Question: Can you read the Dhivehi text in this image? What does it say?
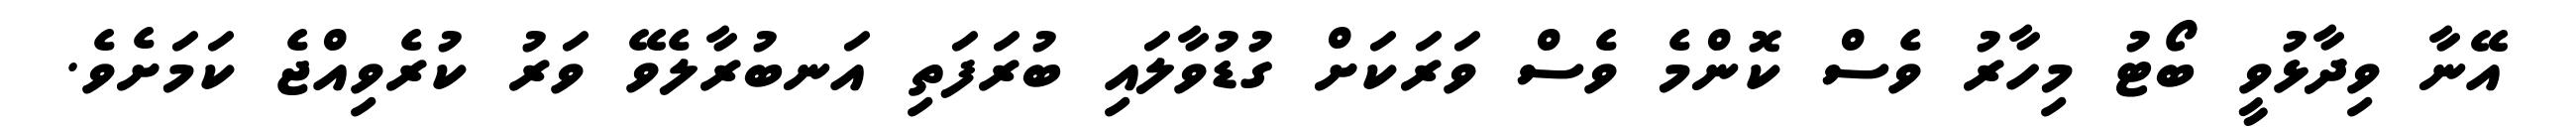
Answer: އޭނާ ވިދާޅުވީ ބޯޓު މިހާރު ވެސް ކޮންމެ ވެސް ވަރަކަށް ގުޑުވާލައި ބުރަފަތި އަނބުރާލެވޭ ވަރު ކުރެވިއްޖެ ކަމަށެވެ.